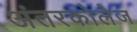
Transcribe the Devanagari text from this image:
अंतरकोलेज